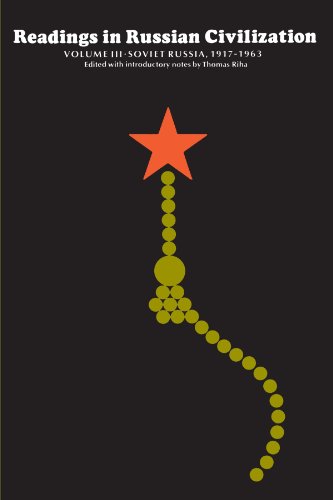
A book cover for Readings in Russian Civilization: Vol. III, Soviet Russia, 1917-1963; Travel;